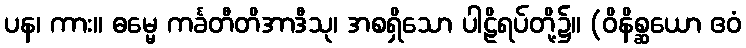
ပန၊ ကား။ ဓမ္မေ ကင်္ခတီတိအာဒီသု၊ အစရှိသော ပါဠိရပ်တို့၌။ (ဝိနိစ္ဆယော ဧဝံ